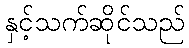
နှင့်သက်ဆိုင်သည်